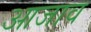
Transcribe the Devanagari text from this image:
आजाव